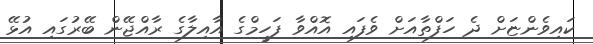
ކައިވެންޏަށް ދެ ހަފްތާއަށް ވެފައި އޮއްވާ ފަހީމްގެ އާއިލާގެ ރާއްޖޭން ބޭރުގައި އުޅޭ